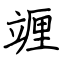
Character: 竰